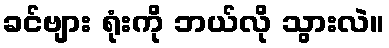
ခင်ဗျား ရုံးကို ဘယ်လို သွားလဲ။